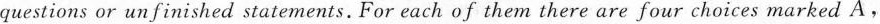
questions or un finished statements. For each of them there are four choices marked A,